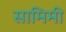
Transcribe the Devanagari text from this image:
सामिमी